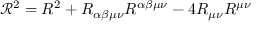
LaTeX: { \mathcal { R } } ^ { 2 } = R ^ { 2 } + R _ { \alpha \beta \mu \nu } R ^ { \alpha \beta \mu \nu } - 4 R _ { \mu \nu } R ^ { \mu \nu }